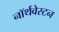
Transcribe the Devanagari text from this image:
नॉर्थवेस्टन